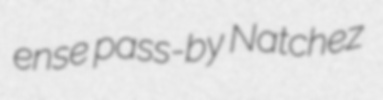
ense pass-by Natchez